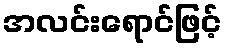
အလင်းရောင်ဖြင့်